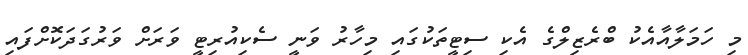
މި ހަމަލާއާއެކު ބްރެޒިލްގެ އެކި ސިޓީތަކުގައި މިހާރު ވަނީ ސެކިއުރިޓީ ވަރަށް ވަރުގަދަކޮށްފައި